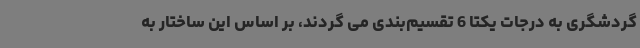
گردشگری به درجات یکتا 6 تقسیم‌بندی می گردند، بر اساس این ساختار به